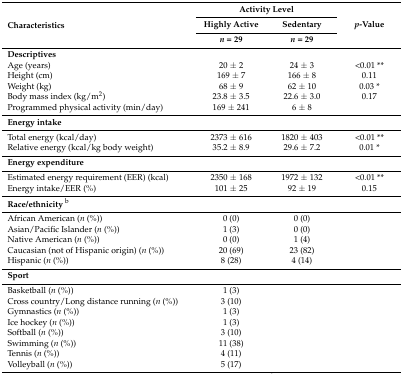
| <ROWSPAN=3> Characteristics | <COLSPAN=2> Activity Level | <ROWSPAN=3> p-Value |
 | Highly Active | Sedentary |
 | n = 29 | n = 29 |
 | --- | --- | --- | --- |
 | Descriptives |  |  |  |
 | Age (years) | 20 ± 2 | 24 ± 3 | <0.01 ** |
 | Height (cm) | 169 ± 7 | 166 ± 8 | 0.11 |
 | Weight (kg) | 68 ± 9 | 62 ± 10 | 0.03 * |
 | Body mass index (kg/m2) | 23.8 ± 3.5 | 22.6 ± 3.0 | 0.17 |
 | Programmed physical activity (min/day) | 169 ± 241 | 6 ± 8 |  |
 | Energy intake |  |  |  |
 | Total energy (kcal/day) | 2373 ± 616 | 1820 ± 403 | <0.01 ** |
 | Relative energy (kcal/kg body weight) | 35.2 ± 8.9 | 29.6 ± 7.2 | 0.01 * |
 | Energy expenditure |  |  |  |
 | Estimated energy requirement (EER) (kcal) | 2350 ± 168 | 1972 ± 132 | <0.01 ** |
 | Energy intake/EER (%) | 101 ± 25 | 92 ± 19 | 0.15 |
 | Race/ethnicityb |  |  |  |
 | African American (n (%)) | 0 (0) | 0 (0) |  |
 | Asian/Pacific Islander (n (%)) | 1 (3) | 0 (0) |  |
 | Native American (n (%)) | 0 (0) | 1 (4) |  |
 | Caucasian (not of Hispanic origin) (n (%)) | 20 (69) | 23 (82) |  |
 | Hispanic (n (%)) | 8 (28) | 4 (14) |  |
 | Sport |  |  |  |
 | Basketball (n (%)) | 1 (3) |  |  |
 | Cross country/Long distance running (n (%)) | 3 (10) |  |  |
 | Gymnastics (n (%)) | 1 (3) |  |  |
 | Ice hockey (n (%)) | 1 (3) |  |  |
 | Softball (n (%)) | 3 (10) |  |  |
 | Swimming (n (%)) | 11 (38) |  |  |
 | Tennis (n (%)) | 4 (11) |  |  |
 | Volleyball (n (%)) | 5 (17) |  |  |